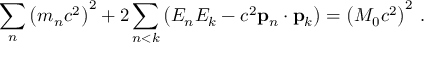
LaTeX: \sum _ { n } \left( m _ { n } c ^ { 2 } \right) ^ { 2 } + 2 \sum _ { n < k } \left( E _ { n } E _ { k } - c ^ { 2 } \mathbf { p } _ { n } \cdot \mathbf { p } _ { k } \right) = \left( M _ { 0 } c ^ { 2 } \right) ^ { 2 } \, .